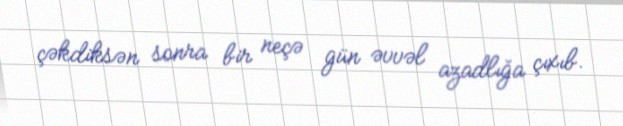
çəkdiksən sonra bir neçə gün əvvəl azadlığa çıxıb.